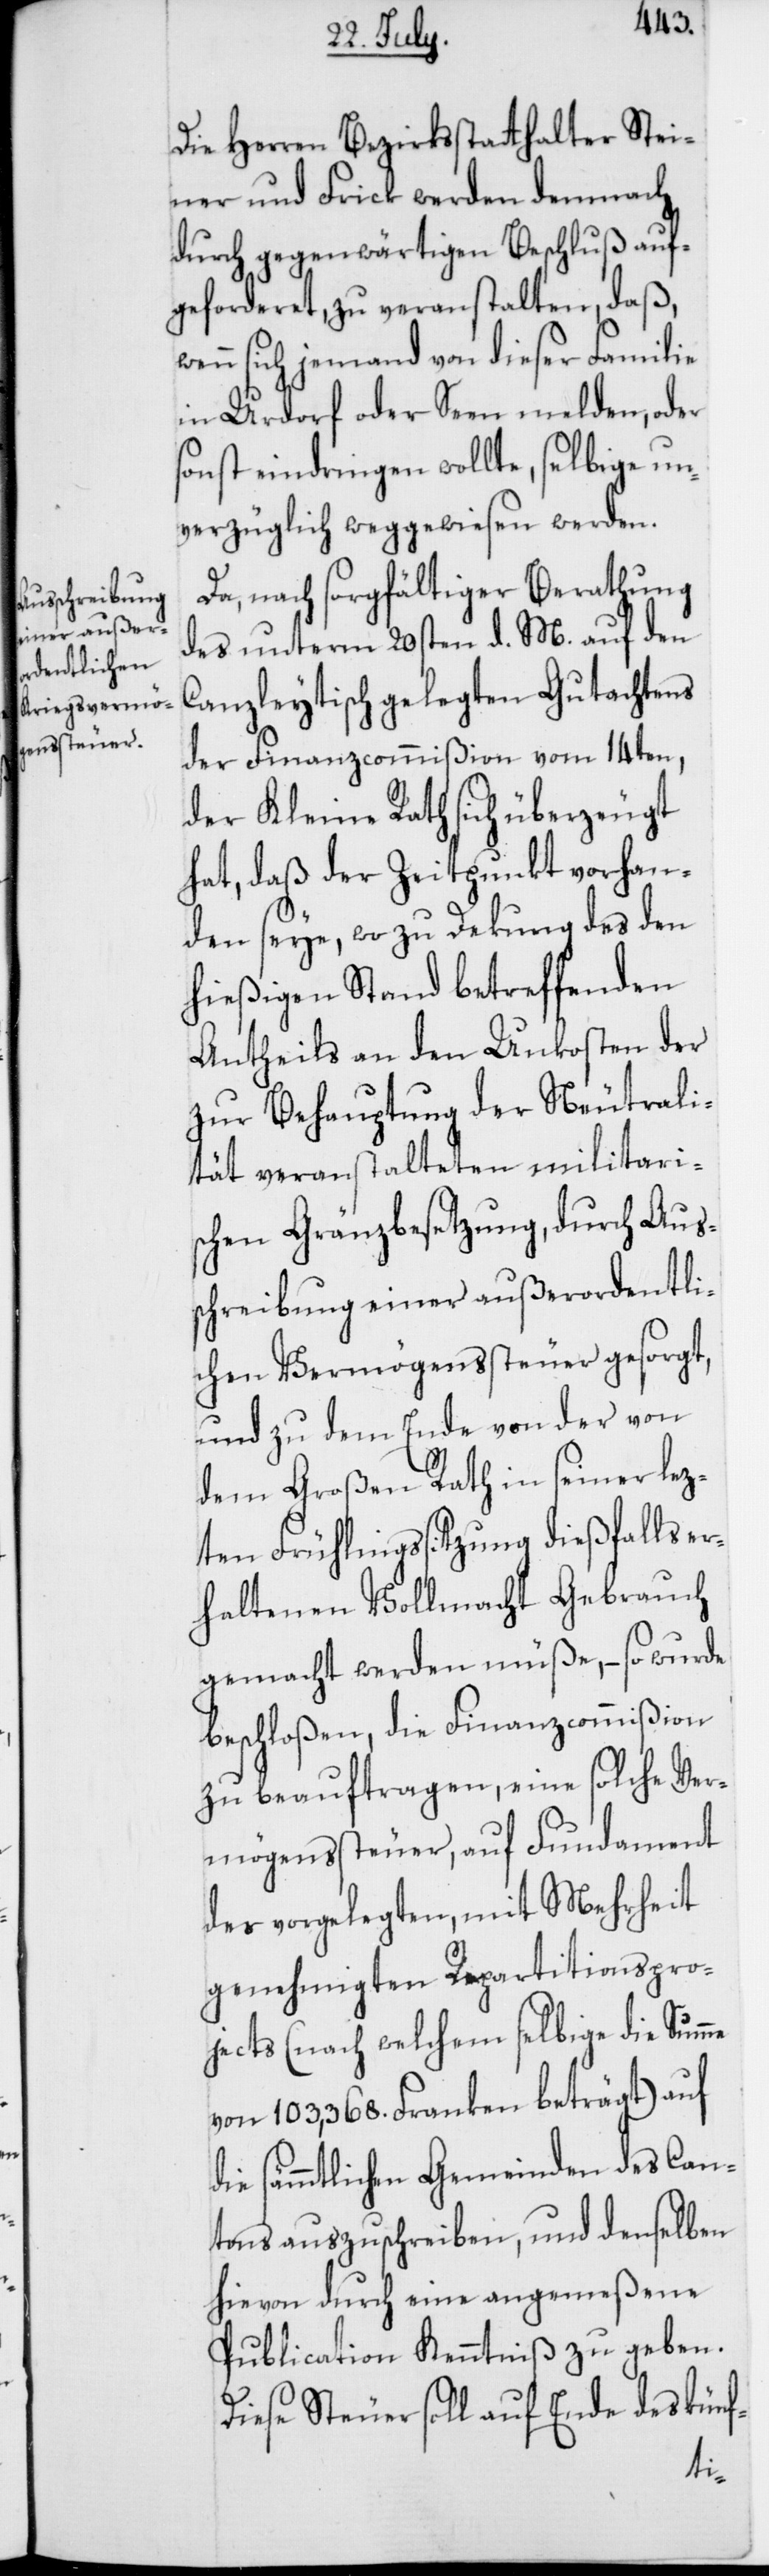
Die Herren Bezirksstatthalter Stei¬
ner und Frick werden demnach
durch gegenwärtigen Beschluß auf¬
geforderet, zu veranstalten, daß,
wenn sich jemand von dieser Familie
in Urdorf oder Seen melden, oder
sonst eindringen wollte, selbige un¬
verzüglich weggewiesen werden.
Da, nach sorgfältiger Berathung
des unterm 20sten d. M. auf den
Canzleytisch gelegten Gutachtens
der Finanzcommißion vom 14ten,
der Kleine Rath sich überzeugt
hat, daß der Zeitpunkt vorhan¬
den seye, wo zu Dekung des den
hießigen Stand betreffenden
Antheils an den Unkosten der
zur Behauptung der Neutrali¬
tät veranstalteten militairi¬
schen Grenzbesetzung, durch Aus¬
schreibung einer außerordentli¬
chen Vermögenssteuer gesorgt,
und zu dem Ende von der von
dem Großen Rath in seiner lez¬
ten Frühlingssitzung dießfalls er¬
haltenen Vollmacht Gebrauch
gemacht werden müße, – so wurde
beschloßen, die Finanzcommißion
zu beauftragen, eine solche Ver¬
mögenssteuer, auf Fundament
der vorgelegten, mit Mehrheit
genehmigten Repartitionspro¬
jects (nach welchem selbige die Summe
von 103,368. Franken beträgt) auf
die sämmtlichen Gemeinden des Can¬
tons auszuschreiben, und denselben
hievon durch eine angemeßene
Publication Kenntniß zu geben.
Diese Steuer soll auf Ende des künf-